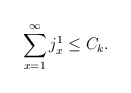
\begin{align*}\sum_{x=1}^{\infty}j_{x}^{1}\le C_{k}.\end{align*}